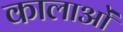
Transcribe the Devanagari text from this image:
कालाओं